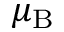
\mu _ { \mathrm { B } }